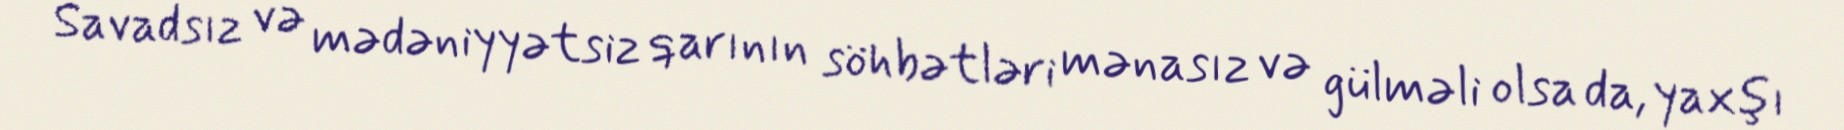
Savadsız və mədəniyyətsiz qarının söhbətləri mənasız və gülməli olsa da, yaxşı